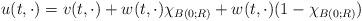
LaTeX: \begin{align*}u(t,\cdot) = v(t,\cdot) + w(t,\cdot)\chi_{B(0;R)}+w(t,\cdot)(1-\chi_{B(0;R)})\end{align*}